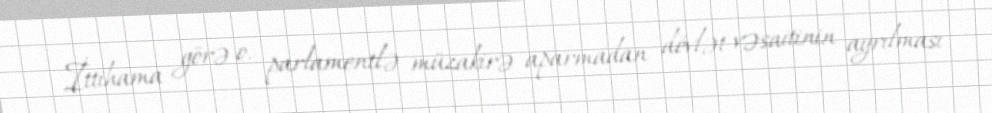
İttihama görə o, parlamentlə müzakirə aparmadan dövlət vəsaitinin ayrılması